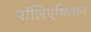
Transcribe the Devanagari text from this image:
पॉलिएथिलान